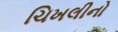
ચિખલીનો